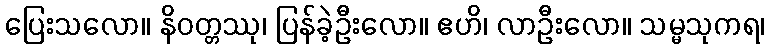
ပြေးသလော။ နိဝတ္တဿု၊ ပြန်ခဲ့ဦးလော။ ဧဟိ၊ လာဦးလော။ သမ္မသုကရ၊